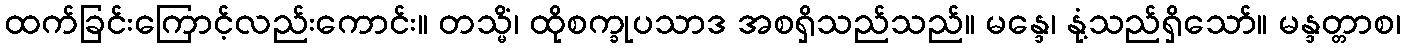
ထက်ခြင်းကြောင့်လည်းကောင်း။ တသ္မိံ၊ ထိုစက္ခုပသာဒ အစရှိသည်သည်။ မန္ဒေ၊ နုံ့သည်ရှိသော်။ မန္ဒတ္တာစ၊